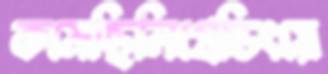
কমেছিলিগ্রেডিংয়ে